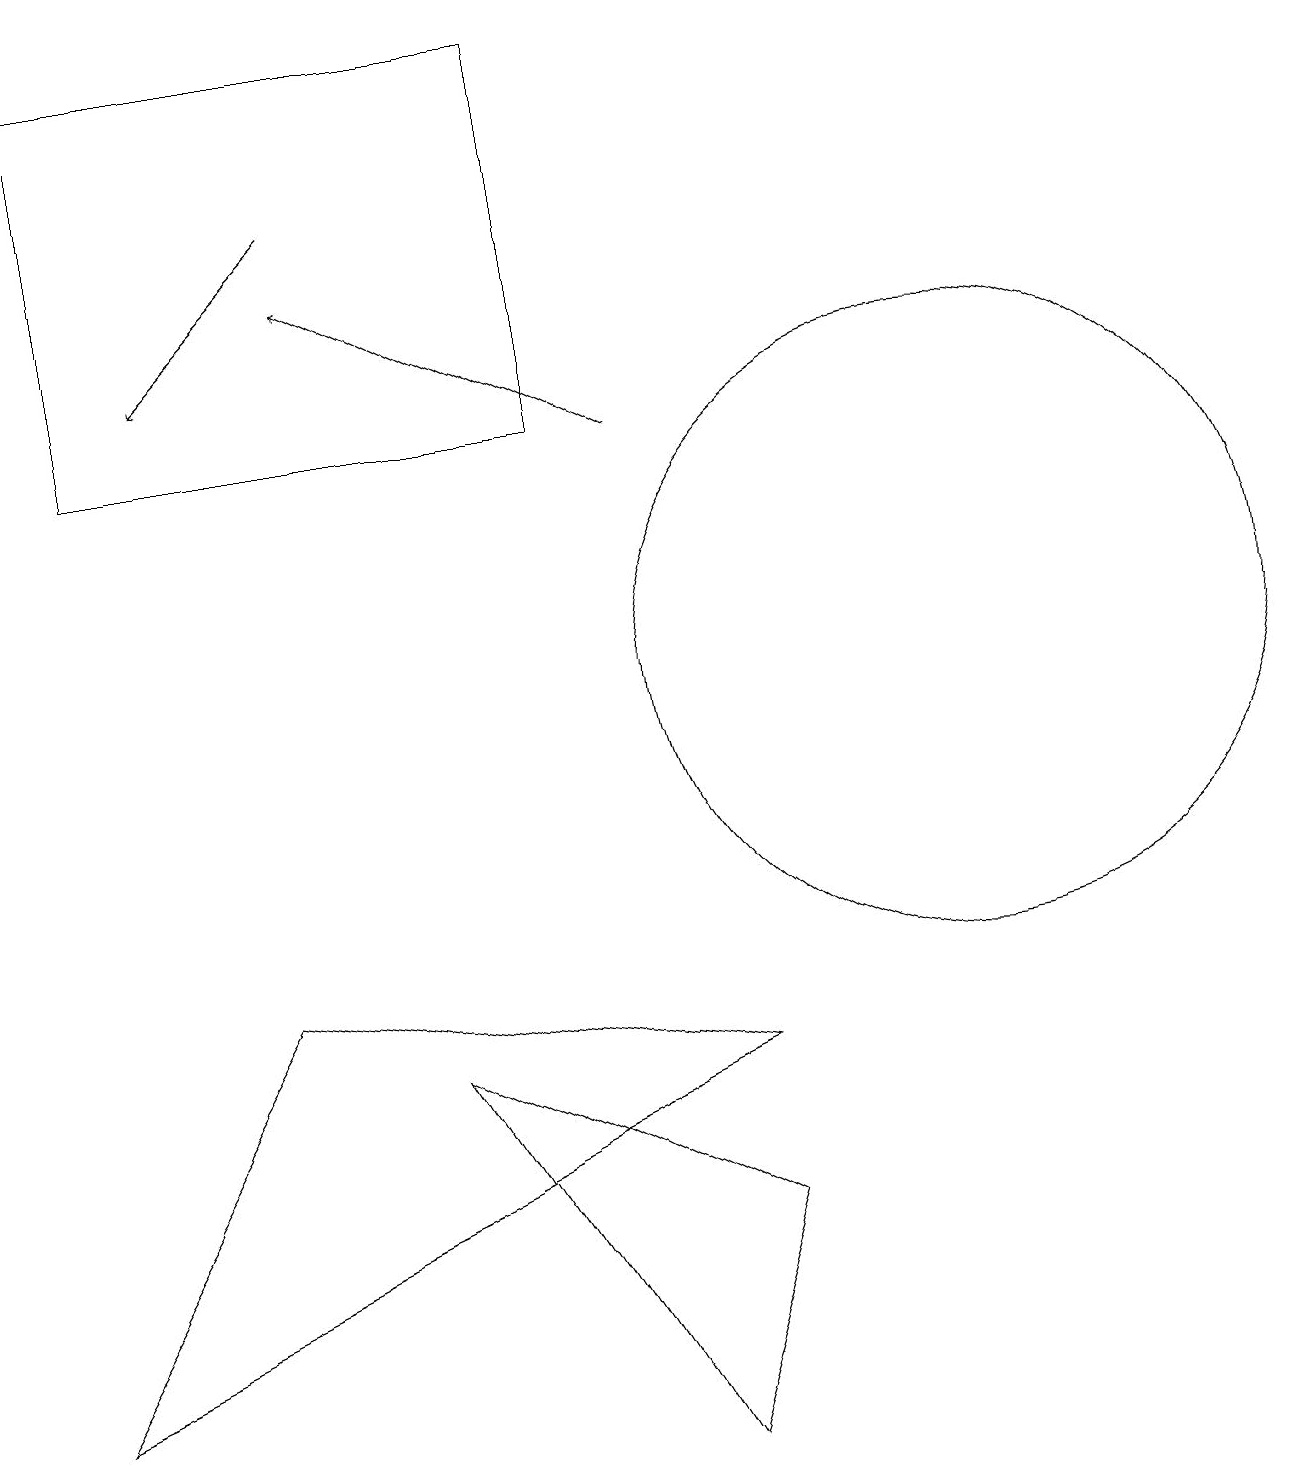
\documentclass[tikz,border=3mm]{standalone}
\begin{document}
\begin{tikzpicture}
\draw (1,19) rectangle (7,14);
\draw (12,11) circle (4);
\draw (0,2) -- (3,7) -- (9,6) -- cycle;
\draw (8,1) -- (5,6) -- (9,4) -- cycle;
\draw[->] (4,17) -- (2,15);
\draw[->] (8,14) -- (4,16);
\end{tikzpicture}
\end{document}